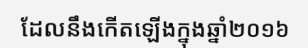
ដែលនឹងកើតឡើងក្នុងឆ្នាំ២០១៦